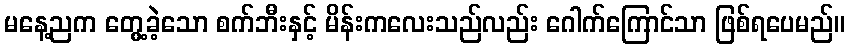
မနေ့ညက တွေ့ခဲ့သော စက်ဘီးနှင့် မိန်းကလေးသည်လည်း ဂေါက်ကြောင်သာ ဖြစ်ရပေမည်။